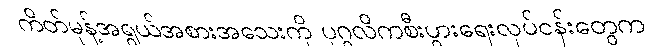
ကိတ်မုန့်အရွယ်အစားအသေးကို ပုဂ္ဂလိကစီးပွားရေးလုပ်ငန်းတွေက